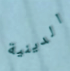
الدينية